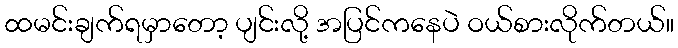
ထမင်းချက်ရမှာတော့ ပျင်းလို့ အပြင်ကနေပဲ ဝယ်စားလိုက်တယ်။